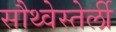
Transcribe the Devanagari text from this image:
सौथ्वेस्तेर्ली